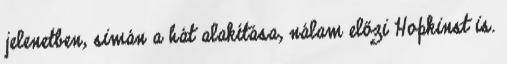
jelenetben, simán a hát alakítása, nálam előzi Hopkinst is.